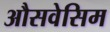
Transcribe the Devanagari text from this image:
औसवेसिम